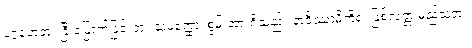
ပဂ္ဂဟေတုံ၊ ခြီးမြှောက်ခြင်းငှာ။ သမတ္ထော၊ စွမ်းအားရှိသည်။ ဘဝိဿာမိကိရ၊ ဖြစ်လတ္တံ့မည်သတဲ့။